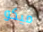
ميكو